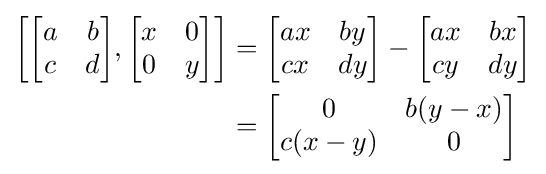
{\begin{aligned}\left[{\begin{bmatrix}a&b\\c&d\end{bmatrix}},{\begin{bmatrix}x&0\\0&y\end{bmatrix}}\right]&={\begin{bmatrix}ax&by\\cx&dy\\\end{bmatrix}}-{\begin{bmatrix}ax&bx\\cy&dy\\\end{bmatrix}}\\&={\begin{bmatrix}0&b(y-x)\\c(x-y)&0\end{bmatrix}}\end{aligned}}